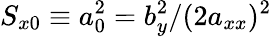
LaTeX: S_{x0}\equiv a_{0}^{2}=b_{y}^{2}/(2a_{xx})^{2}